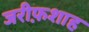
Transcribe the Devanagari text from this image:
जरीफ़शाह